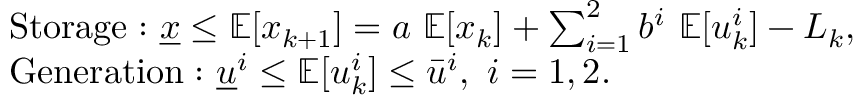
\begin{array} { r l } & { \mathrm { S t o r a g e : ~ } \underline { { x } } \leq \mathbb { E } [ x _ { k + 1 } ] = a ~ \mathbb { E } [ x _ { k } ] + \sum _ { i = 1 } ^ { 2 } b ^ { i } ~ \mathbb { E } [ u _ { k } ^ { i } ] - L _ { k } , } \\ & { \mathrm { G e n e r a t i o n : ~ } \underline { { u } } ^ { i } \leq \mathbb { E } [ u _ { k } ^ { i } ] \leq \bar { u } ^ { i } , ~ i = 1 , 2 . } \end{array}